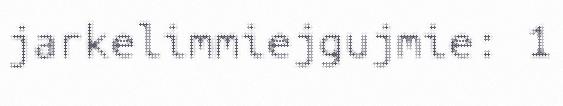
jarkelimmiejgujmie: 1